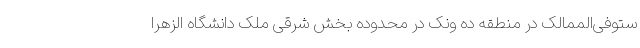
ستوفی‌الممالک در منطقه ده ونک در محدوده بخش شرقی ملک دانشگاه الزهرا